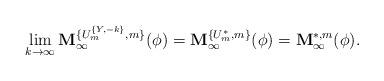
LaTeX: \begin{align*}\lim_{k\to \infty} \mathbf M^{\{U^{\{Y,-k\}}_m,m\}}_{\infty}(\phi) = \mathbf M^{\{U^{*}_m,m\}}_{\infty}(\phi)=\mathbf M^{*,m}_{\infty}(\phi).\end{align*}